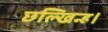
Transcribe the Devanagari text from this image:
छल्खिन्ह।